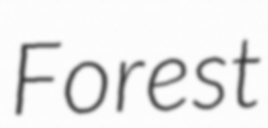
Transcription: Forest